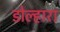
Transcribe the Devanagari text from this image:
डोल्हारा